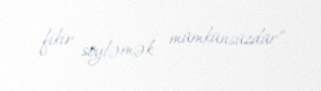
fikir söyləmək mümkünsüzdür”.